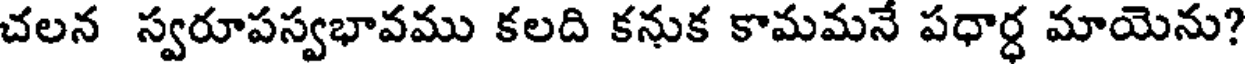
చలన స్వరూపస్వభావము కలది కనుక కామమనే పధార్ధ మాయెను?